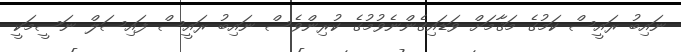
ނައިބު ރައީސް ކަމުގެ މަޤާމަށް ވަޑައިގެންނެވުމުގެ ކުރިންވެސް ނައިބު ރައީސް ފައިސަލް ނަސީމަކީ